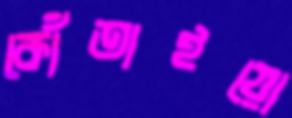
কোঁতাইয়ো